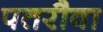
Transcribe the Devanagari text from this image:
पतरौवा